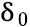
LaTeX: \updelta_{0}